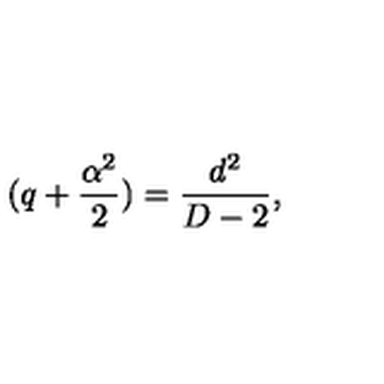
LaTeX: ( q + \frac { \alpha ^ { 2 } } { 2 } ) = \frac { d ^ { 2 } } { D - 2 } ,